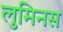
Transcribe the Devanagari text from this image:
लुमिनस